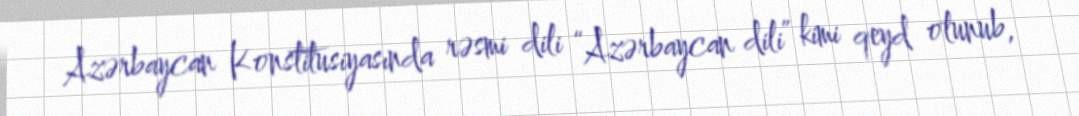
Azərbaycan Konstitusiyasında rəsmi dili “Azərbaycan dili” kimi qeyd olunub,